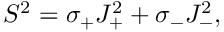
S ^ { 2 } = \sigma _ { + } J _ { + } ^ { 2 } + \sigma _ { - } J _ { - } ^ { 2 } ,